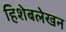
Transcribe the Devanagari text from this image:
हिशेबलेखन